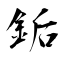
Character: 銗